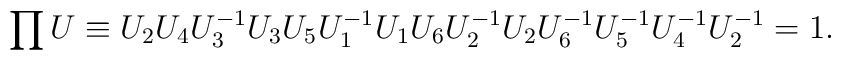
\prod U \equiv U_2U_4U^{-1}_3U_3U_5U^{-1}_1U_1U_6U^{-1}_2                 U_2U^{-1}_6U^{-1}_5U^{-1}_4U^{-1}_2 = 1.